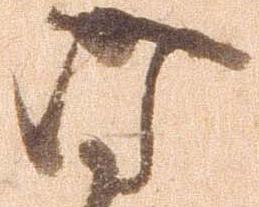
時